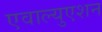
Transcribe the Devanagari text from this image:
एवाल्युएशन